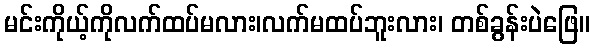
မင်းကိုယ့်ကိုလက်ထပ်မလား၊လက်မထပ်ဘူးလား၊ တစ်ခွန်းပဲဖြေ။